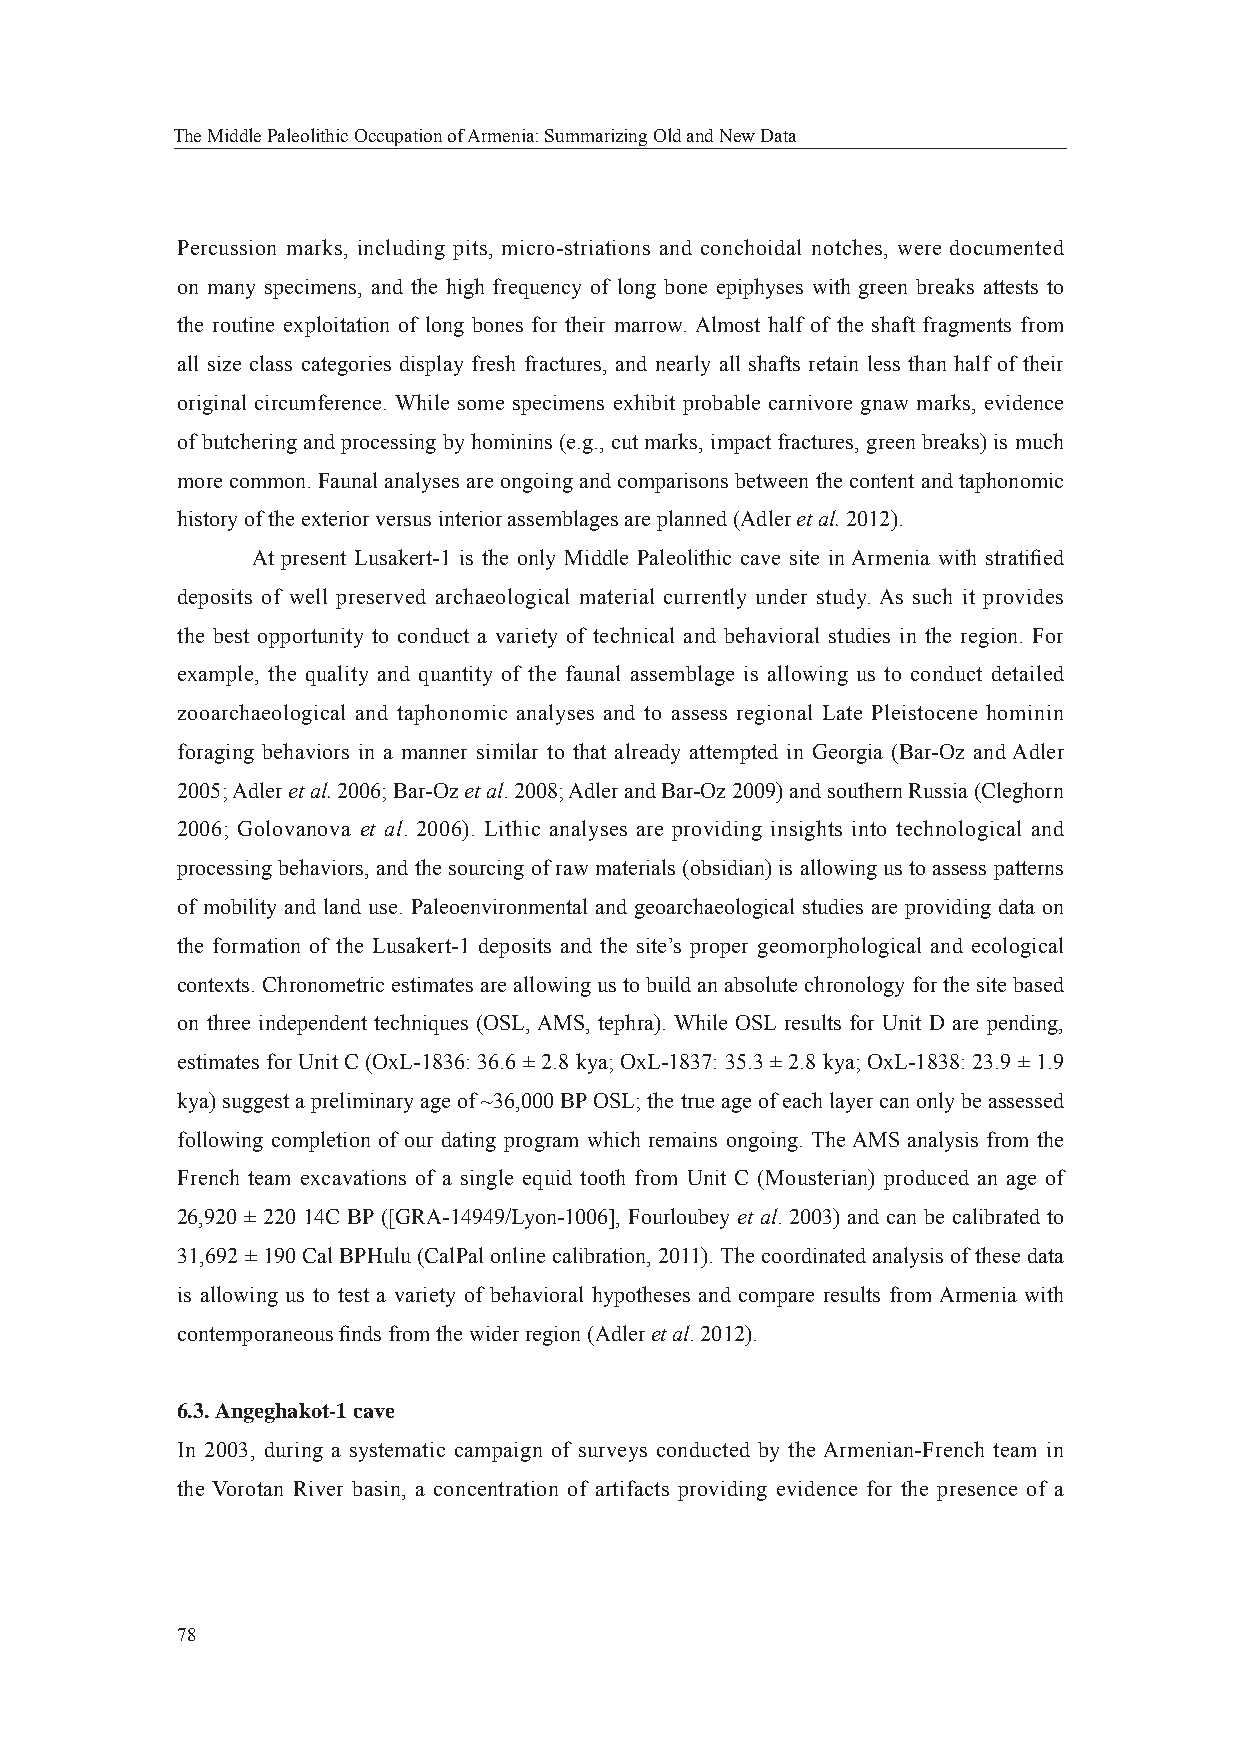
The Middle Paleolithic Occupation of Armenia: Summarizing Old and New Data
 Percussion marks, including pits, micro-striations and conchoidal notches, were documented
 on many specimens, and the high frequency of long bone epiphyses with green breaks attests to
 the routine exploitation of long bones for their marrow. Almost half of the shaft fragments from
 all size class categories display fresh fractures, and nearly all shafts retain less than half of their
 original circumference. While some specimens exhibit probable carnivore gnaw marks, evidence
 of butchering and processing by hominins (e.g., cut marks, impact fractures, green breaks) is much
 more common. Faunal analyses are ongoing and comparisons between the content and taphonomic
 history of the exterior versus interior assemblages are planned (Adler et al. 2012).
 At present Lusakert-1 is the only Middle Paleolithic cave site in Armenia with stratifi ed
 deposits of well preserved archaeological material currently under study. As such it provides
 the best opportunity to conduct a variety of technical and behavioral studies in the region. For
 example, the quality and quantity of the faunal assemblage is allowing us to conduct detailed
 zooarchaeological and taphonomic analyses and to assess regional Late Pleistocene hominin
 foraging behaviors in a manner similar to that already attempted in Georgia (Bar-Oz and Adler
 2005; Adler et al. 2006; Bar-Oz et al. 2008; Adler and Bar-Oz 2009) and southern Russia (Cleghorn
 2006; Golovanova et al. 2006). Lithic analyses are providing insights into technological and
 processing behaviors, and the sourcing of raw materials (obsidian) is allowing us to assess patterns
 of mobility and land use. Paleoenvironmental and geoarchaeological studies are providing data on
 the formation of the Lusakert-1 deposits and the site’s proper geomorphological and ecological
 contexts. Chronometric estimates are allowing us to build an absolute chronology for the site based
 on three independent techniques (OSL, AMS, tephra). While OSL results for Unit D are pending,
 estimates for Unit C (OxL-1836: 36.6 ± 2.8 kya; OxL-1837: 35.3 ± 2.8 kya; OxL-1838: 23.9 ± 1.9
 kya) suggest a preliminary age of ~36,000 BP OSL; the true age of each layer can only be assessed
 following completion of our dating program which remains ongoing. The AMS analysis from the
 French team excavations of a single equid tooth from Unit C (Mousterian) produced an age of
 26,920 ± 220 14C BP ([GRA-14949/Lyon-1006], Fourloubey et al. 2003) and can be calibrated to
 31,692 ± 190 Cal BPHulu (CalPal online calibration, 2011). The coordinated analysis of these data
 is allowing us to test a variety of behavioral hypotheses and compare results from Armenia with
 contemporaneous fi nds from the wider region (Adler et al. 2012).
 6.3. Angeghakot-1 cave
 In 2003, during a systematic campaign of surveys conducted by the Armenian-French team in
 the Vorotan River basin, a concentration of artifacts providing evidence for the presence of a
 78